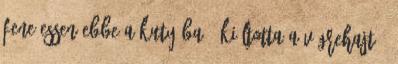
Fene essen ebbe a kutyába - kiáltotta a végrehajtó.